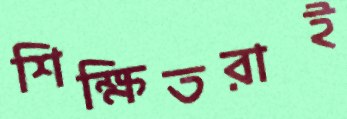
শিক্ষিতরাই